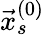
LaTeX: \vec{x}_{s}^{(0)}